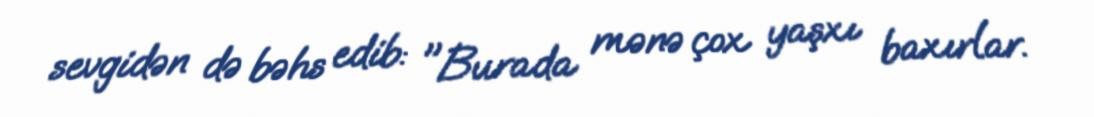
sevgidən də bəhs edib: "Burada mənə çox yaşxı baxırlar.